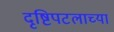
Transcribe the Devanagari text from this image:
दृष्टिपटलाच्या